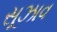
સૂઝાવ